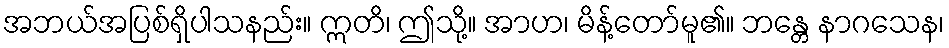
အဘယ်အပြစ်ရှိပါသနည်း။ ဣတိ၊ ဤသို့။ အာဟ၊ မိန့်တော်မူ၏။ ဘန္တေ နာဂသေန၊